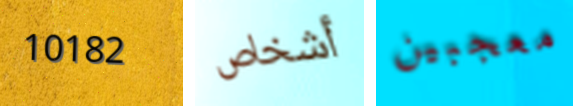
10182 أشخاص معجبين